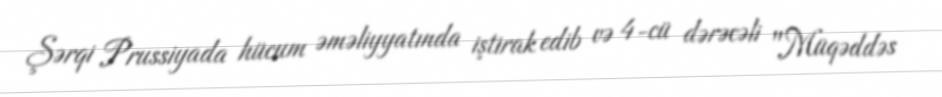
Şərqi Prussiyada hücum əməliyyatında iştirak edib və 4-cü dərəcəli "Müqəddəs